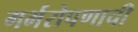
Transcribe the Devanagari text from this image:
गर्भरोपणाची